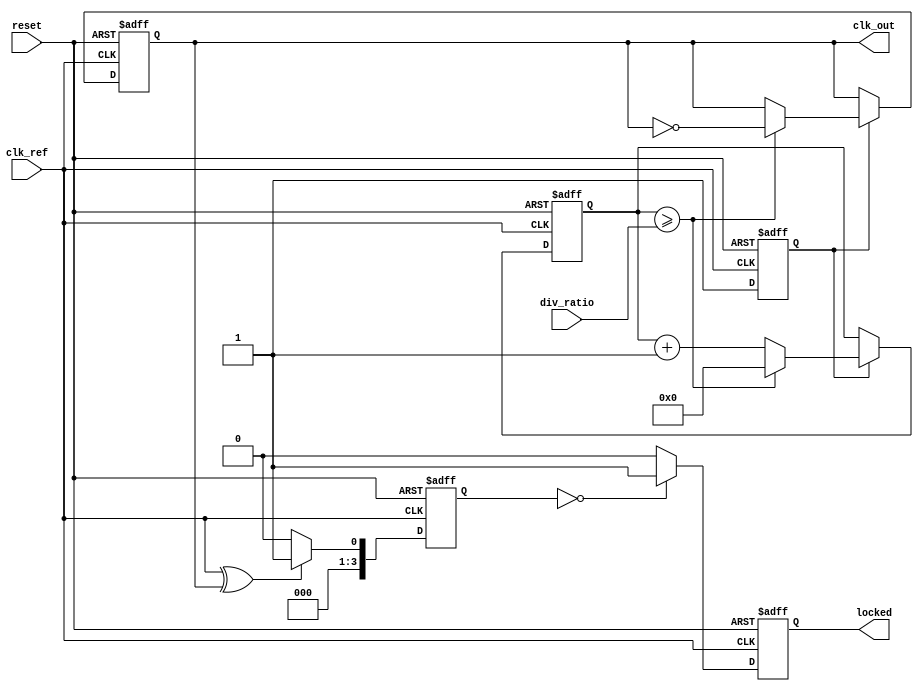
module high_performance_pll (
    input wire clk_ref,          // Input reference clock
    input wire reset,            // Reset signal
    input wire [3:0] div_ratio,  // Division ratio for feedback divider
    output reg clk_out,          // Output clock
    output reg locked            // Lock status
);

// Parameters
parameter VCO_MAX_FREQ = 200;  // Max VCO frequency in MHz
parameter VCO_MIN_FREQ = 50;   // Min VCO frequency in MHz
parameter LOOP_FILTER_GAIN = 1; // Gain for loop filter

// Internal signals
reg [3:0] phase_error;          // Phase error signal
reg [7:0] control_voltage;      // Control voltage for VCO
reg [7:0] vco_freq;             // Current VCO frequency
reg [3:0] feedback_counter;      // Feedback counter for divider
reg vco_running;                // VCO running status

// Phase Detector
always @(posedge clk_ref or posedge reset) begin
    if (reset) begin
        phase_error <= 0;
    end else begin
        // Simple phase detector logic (XOR for digital)
        phase_error <= (clk_ref ^ clk_out) ? 1 : 0;
    end
end

// Loop Filter (Simple first-order for demonstration)
always @(posedge clk_ref or posedge reset) begin
    if (reset) begin
        control_voltage <= 0;
    end else begin
        control_voltage <= control_voltage + (phase_error * LOOP_FILTER_GAIN);
        // Clamp control voltage to VCO range
        if (control_voltage > 255) control_voltage <= 255;
        if (control_voltage < 0) control_voltage <= 0;
    end
end

// Voltage-Controlled Oscillator (VCO)
always @(posedge clk_ref or posedge reset) begin
    if (reset) begin
        vco_freq <= VCO_MIN_FREQ;
        vco_running <= 0;
    end else begin
        // Adjust VCO frequency based on control voltage
        vco_freq <= VCO_MIN_FREQ + (control_voltage * (VCO_MAX_FREQ - VCO_MIN_FREQ) / 255);
        vco_running <= 1;
    end
end

// Feedback Divider
always @(posedge clk_ref or posedge reset) begin
    if (reset) begin
        feedback_counter <= 0;
        clk_out <= 0;
    end else begin
        if (vco_running) begin
            feedback_counter <= feedback_counter + 1;
            if (feedback_counter >= div_ratio) begin
                clk_out <= ~clk_out; // Toggle output clock
                feedback_counter <= 0;
            end
        end
    end
end

// Lock Detection
always @(posedge clk_ref or posedge reset) begin
    if (reset) begin
        locked <= 0;
    end else begin
        // Simple lock detection logic (could be more complex)
        if (phase_error == 0) begin
            locked <= 1; // Locked when phase error is zero
        end else begin
            locked <= 0;
        end
    end
end

endmodule